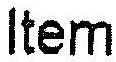
ITEM